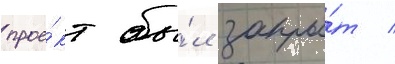
прое́кт бы́л закры́т /